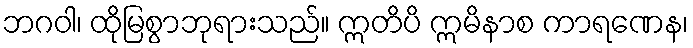
ဘဂဝါ၊ ထိုမြစွာဘုရားသည်။ ဣတိပိ ဣမိနာစ ကာရဏေန၊